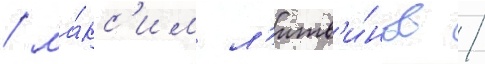
/ ма́кс'им л'итв'и́нов /